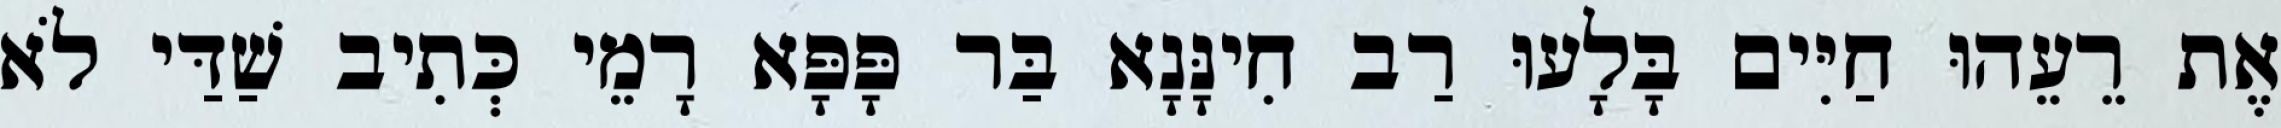
אֶת רֵעֵהוּ חַיִּים בָּלָעוּ רַב חִינָּנָא בַּר פָּפָּא רָמֵי כְּתִיב שַׁדַּי לֹא